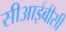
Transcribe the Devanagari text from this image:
सीआईबीसी